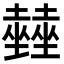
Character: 𡓨